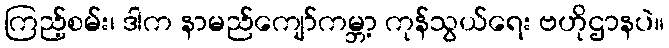
ကြည့်စမ်း၊ ဒါက နာမည်ကျော်ကမ္ဘာ့ ကုန်သွယ်ရေး ဗဟိုဌာနပဲ။